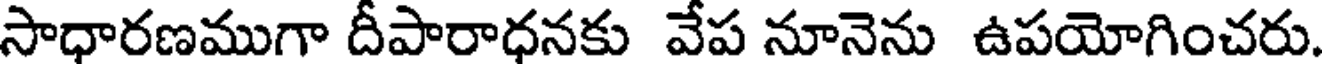
సాధారణముగా దీపారాధనకు వేప నూనెను ఉపయోగించరు.